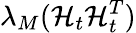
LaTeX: \lambda_{M}(\mathbf{\mathcal{H}}_{t}\mathbf{\mathcal{H}}_{t}^{T})